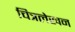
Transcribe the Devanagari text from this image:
चित्रलेखन